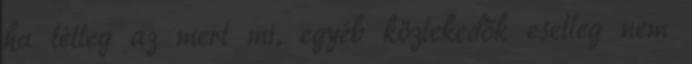
ha télleg az mert mi, egyéb közlekedők esetleg nem